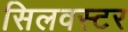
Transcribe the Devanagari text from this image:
सिलवस्टर